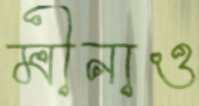
মীনাও